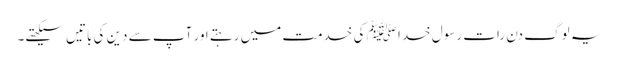
یہ لوگ دن رات رسول خدا ﷺ کی خدمت میں رہتے اور آپ سے دین کی باتیں سیکھتے۔